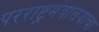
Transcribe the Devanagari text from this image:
परराष्ट्रमंत्रालयाचा